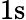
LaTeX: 1\mathrm{s}